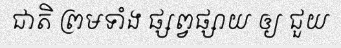
ជាតិ ព្រមទាំង ផ្សព្វផ្សាយ ឲ្យ ជួយ